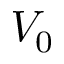
V _ { 0 }